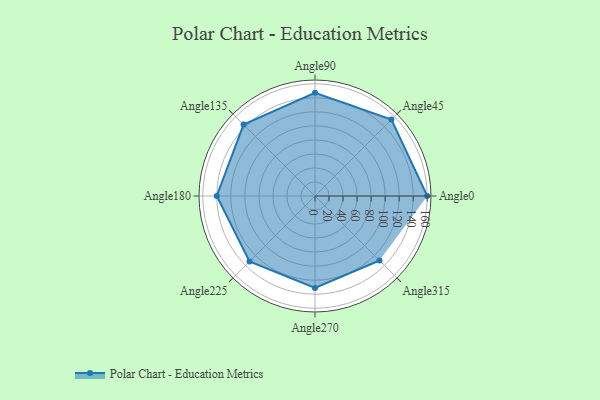
{"axis": {"x": "Angle", "y": "Radius"}, "legend": [""], "data": [{"x": "Angle0", "y": 160.0, "type": ""}, {"x": "Angle45", "y": 154.0, "type": ""}, {"x": "Angle90", "y": 147.0, "type": ""}, {"x": "Angle135", "y": 144.0, "type": ""}, {"x": "Angle180", "y": 140.0, "type": ""}, {"x": "Angle225", "y": 132.0, "type": ""}, {"x": "Angle270", "y": 131.0, "type": ""}, {"x": "Angle315", "y": 130.0, "type": ""}]}